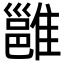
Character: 雝